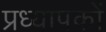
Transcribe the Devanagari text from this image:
प्रध्यापकों